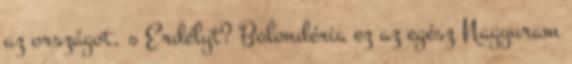
az országot, s Erdélyt? Bolondéria ez az egész Nagyuram